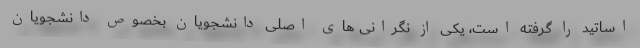
اساتید را گرفته است، یکی از نگرانی های اصلی دانشجویان بخصوص دانشجویان